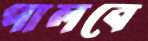
পালবে